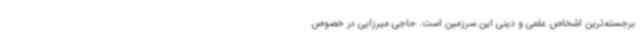
برجسته‌ترین اشخاص علمی و دینی این سرزمین است. حاجی میرزایی در خصوص